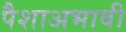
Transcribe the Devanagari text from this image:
पैशाअभावी